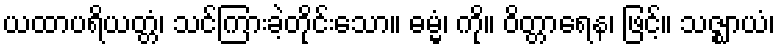
ယထာပရိယတ္တံ၊ သင်ကြားခဲ့တိုင်းသော။ ဓမ္မံ၊ ကို။ ဝိတ္တာရေန၊ ဖြင့်။ သဇ္ဈာယံ၊